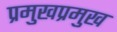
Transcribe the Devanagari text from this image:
प्रमुखप्रमुख